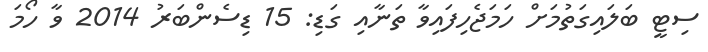
ސިޓީ ބަލައިގަތުމަށް ހަމަޖެހިފައިވާ ތަނާއި ގަޑި: 15 ޑިސެންބަރު 2014 ވާ ހޯމަ